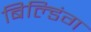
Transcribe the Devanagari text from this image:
बिल्‍डिंग